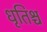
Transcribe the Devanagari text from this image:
धृतिश्च